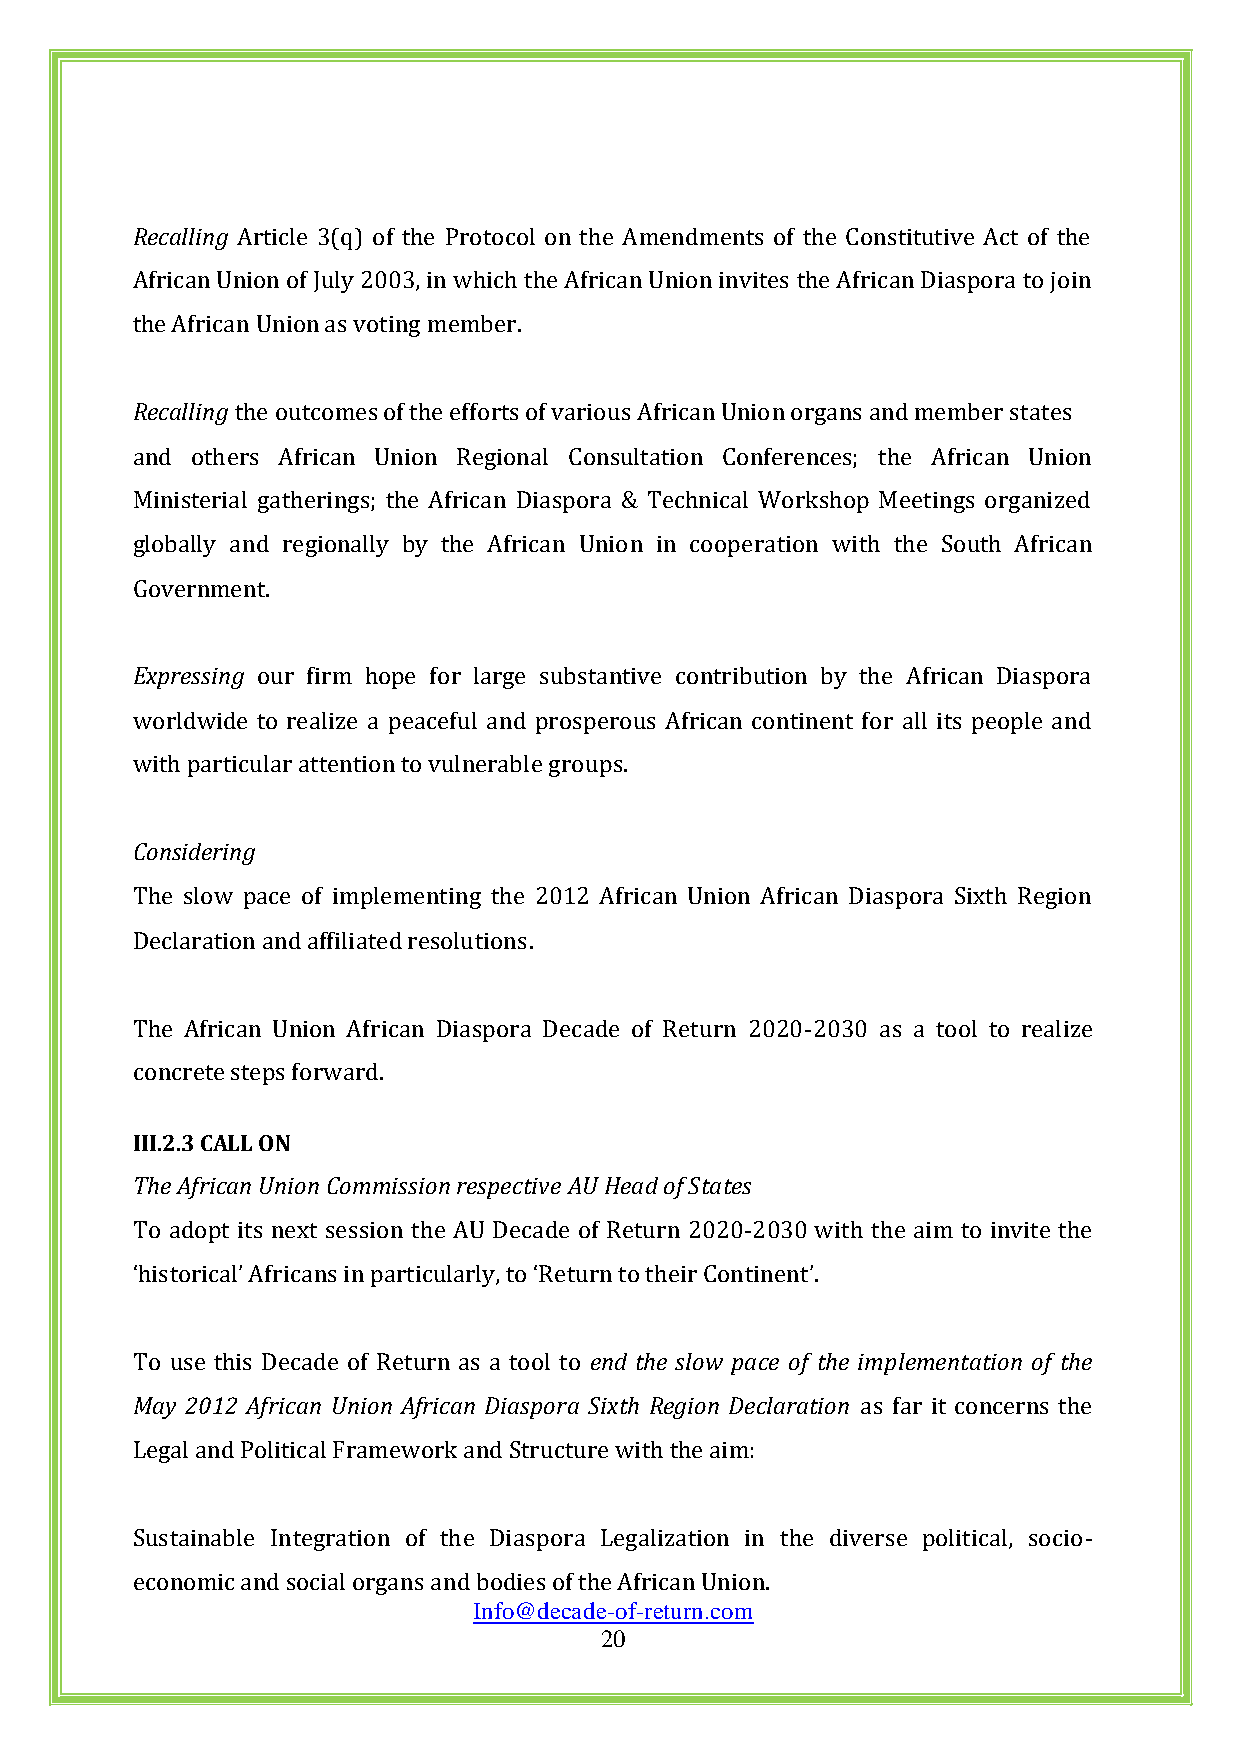
Recalling Article 3(q) of the Protocol on the Amendments of the Constitutive Act of the
 African Union of July 2003, in which the African Union invites the African Diaspora to join
 the African Union as voting member.
 Recalling the outcomes of the efforts of various African Union organs and member states
 and others African Union Regional Consultation Conferences; the African Union
 Ministerial gatherings; the African Diaspora & Technical Workshop Meetings organized
 globally and regionally by the African Union in cooperation with the South African
 Government.
 Expressing our firm hope for large substantive contribution by the African Diaspora
 worldwide to realize a peaceful and prosperous African continent for all its people and
 with particular attention to vulnerable groups.
 Considering
 The slow pace of implementing the 2012 African Union African Diaspora Sixth Region
 Declaration and affiliated resolutions.
 The African Union African Diaspora Decade of Return 2020-2030 as a tool to realize
 concrete steps forward.
 III.2.3 CALL ON
 The African Union Commission respective AU Head of States
 To adopt its next session the AU Decade of Return 2020-2030 with the aim to invite the
 ‘historical’ Africans in particularly, to ‘Return to their Continent’.
 To use this Decade of Return as a tool to end the slow pace of the implementation of the
 May 2012 African Union African Diaspora Sixth Region Declaration as far it concerns the
 Legal and Political Framework and Structure with the aim:
 Sustainable Integration of the Diaspora Legalization in the diverse political, socio-
 economic and social organs and bodies of the African Union.
 Info@decade-of-return.com
 20